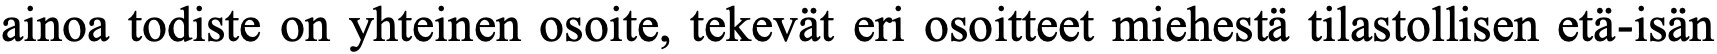
ainoa todiste on yhteinen osoite, tekevät eri osoitteet miehestä tilastollisen etä-isän